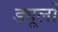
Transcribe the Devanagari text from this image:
ड्यूलों